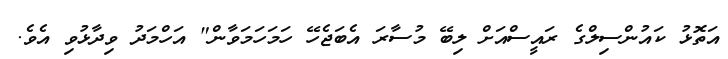
އަތޮޅު ކައުންސިލްގެ ރައީސްއަށް ލިބޭ މުސާރަ އެބަޖެހޭ ހަމަހަމަވާން" އަހްމަދު ވިދާޅުވި އެވެ.